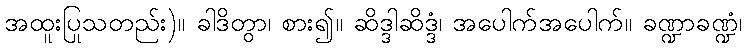
အထူးပြုသတည်း)။ ခါဒိတွာ၊ စား၍။ ဆိဒ္ဒါဆိဒ္ဒံ၊ အပေါက်အပေါက်။ ခဏ္ဍာခဏ္ဍံ၊